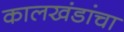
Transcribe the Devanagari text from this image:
कालखंडांचा